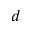
d